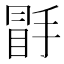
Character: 𭡣